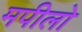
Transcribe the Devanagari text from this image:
मपीलो